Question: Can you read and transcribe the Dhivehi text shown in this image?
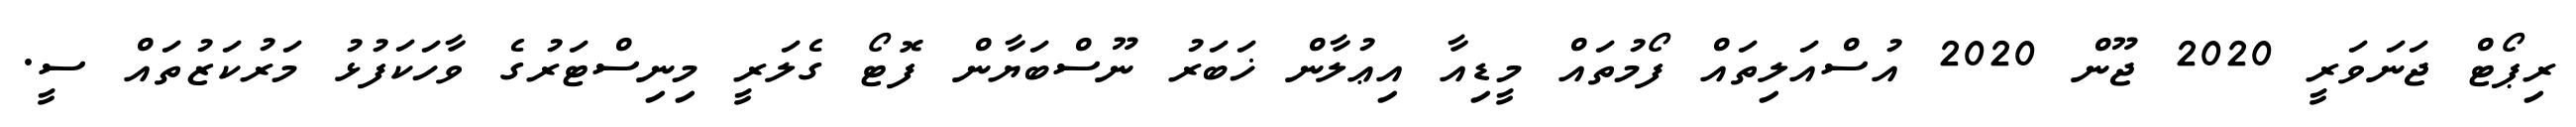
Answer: ރިޕޯޓް ޖަނަވަރީ 2020 ޖޫން 2020 އުސްއަލިތައް ފޯމުތައް މީޑިއާ އިޢުލާން ޚަބަރު ނޫސްބަޔާން ފޮޓޯ ގެލަރީ މިނިސްޓަރުގެ ވާހަކަފުޅު މަރުކަޒުތައް ސީ.